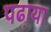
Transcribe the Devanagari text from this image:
पढा़या